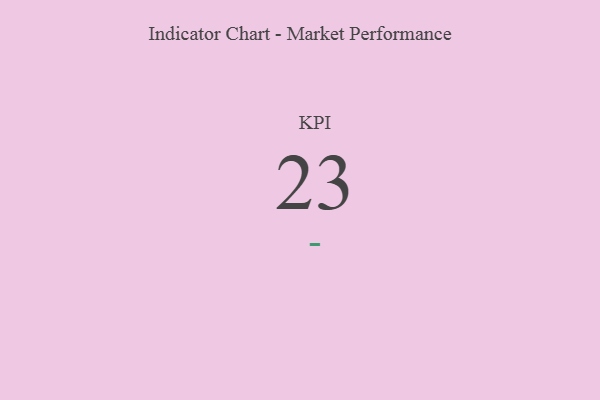
{"axis": {"x": "KPI", "y": "Value"}, "legend": [""], "data": [{"x": "KPI", "y": 23, "type": ""}]}